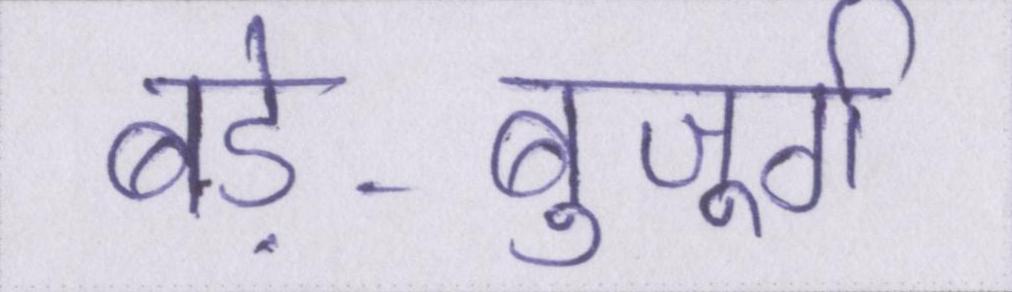
बड़े-बुजूर्ग